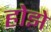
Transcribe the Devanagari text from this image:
होझे